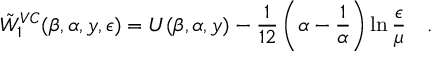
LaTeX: \tilde { W } _ { 1 } ^ { V C } ( \beta , \alpha , y , \epsilon ) = U ( \beta , \alpha , y ) - { \frac { 1 } { 1 2 } } \left( \alpha - { \frac { 1 } { \alpha } } \right) \ln { \frac { \epsilon } { \mu } } { } ~ ~ ~ .